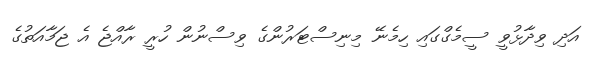
އަދި ވިދާޅުވީ ސީމެގްގައި ހިމެނޭ މިނިސްޓަރުންގެ ވިސްނުން ހުރީ ރާއްޖެ އެ ޖަމާއަތުގެ